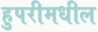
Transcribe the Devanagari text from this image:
हुपरीमधील